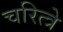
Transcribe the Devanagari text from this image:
चरित्त्रे